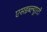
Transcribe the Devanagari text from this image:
एसडब्ल्यूएटी